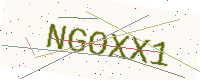
Text: NGOXX1